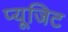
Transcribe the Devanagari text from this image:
प्यूजिट